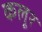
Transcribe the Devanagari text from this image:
कलूर